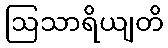
ဩသာရိယျတိ